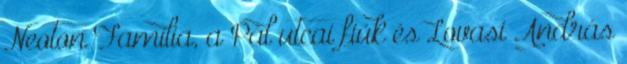
Neoton Família, a Pál utcai fiúk és Lovasi András